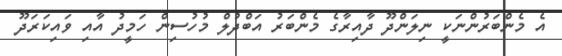
އެ މެންބަރުންނަކީ ނިލަންދޫ ދާއިރާގެ މެންބަރު އަބްދުލް މުހުސިން ހަމީދު އާއި ވައިކަރަދޫ